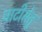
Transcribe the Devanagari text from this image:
घाटीसेतु